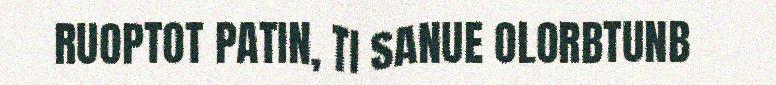
RUOPTOT PATIN, TI SANUE OLORBTUNB